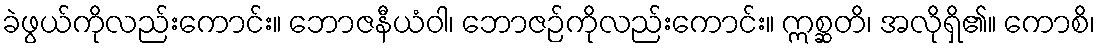
ခဲဖွယ်ကိုလည်းကောင်း။ ဘောဇနီယံဝါ၊ ဘောဇဉ်ကိုလည်းကောင်း။ ဣစ္ဆတိ၊ အလိုရှိ၏။ ကောစိ၊